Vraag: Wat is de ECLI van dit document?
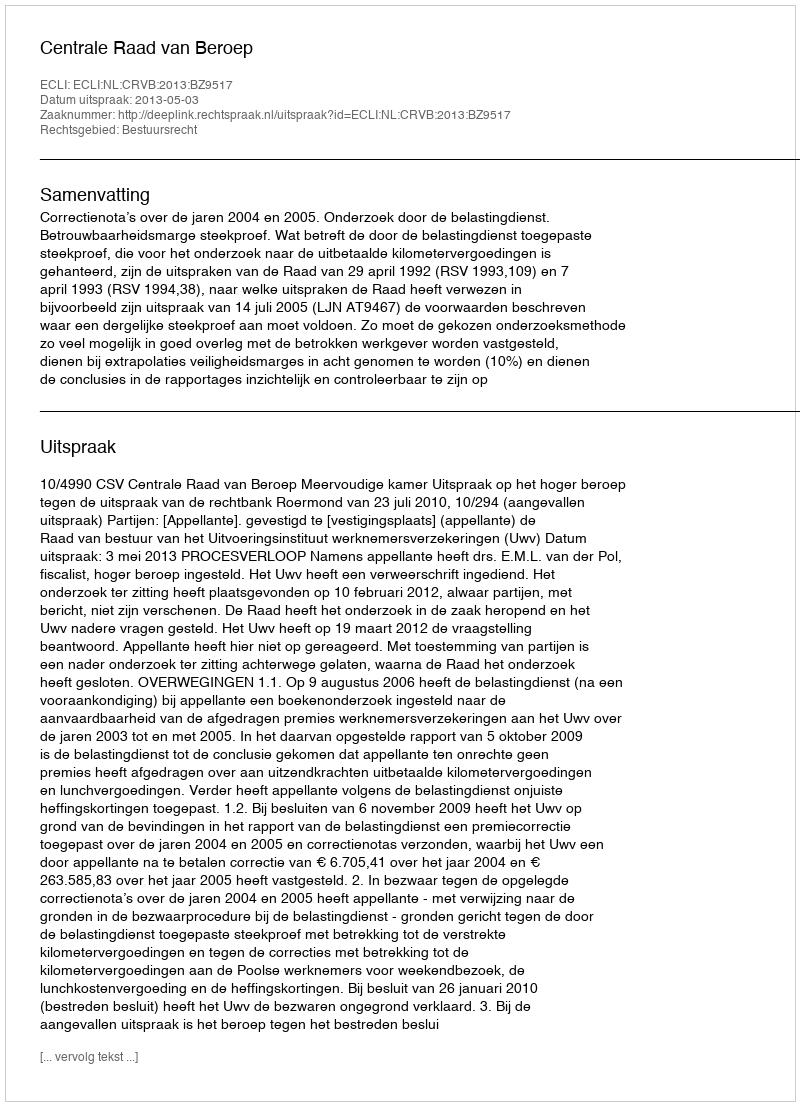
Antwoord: ECLI:NL:CRVB:2013:BZ9517